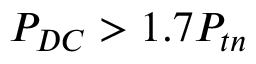
P _ { D C } > 1 . 7 P _ { t n }